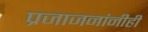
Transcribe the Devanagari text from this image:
प्रजाजनांनीही